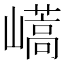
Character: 𡽝